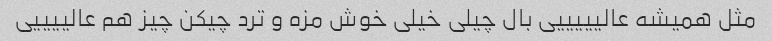
مثل همیشه عالیییییی بال چیلی خیلی خوش مزه و ترد چیکن چیز هم عالییییی